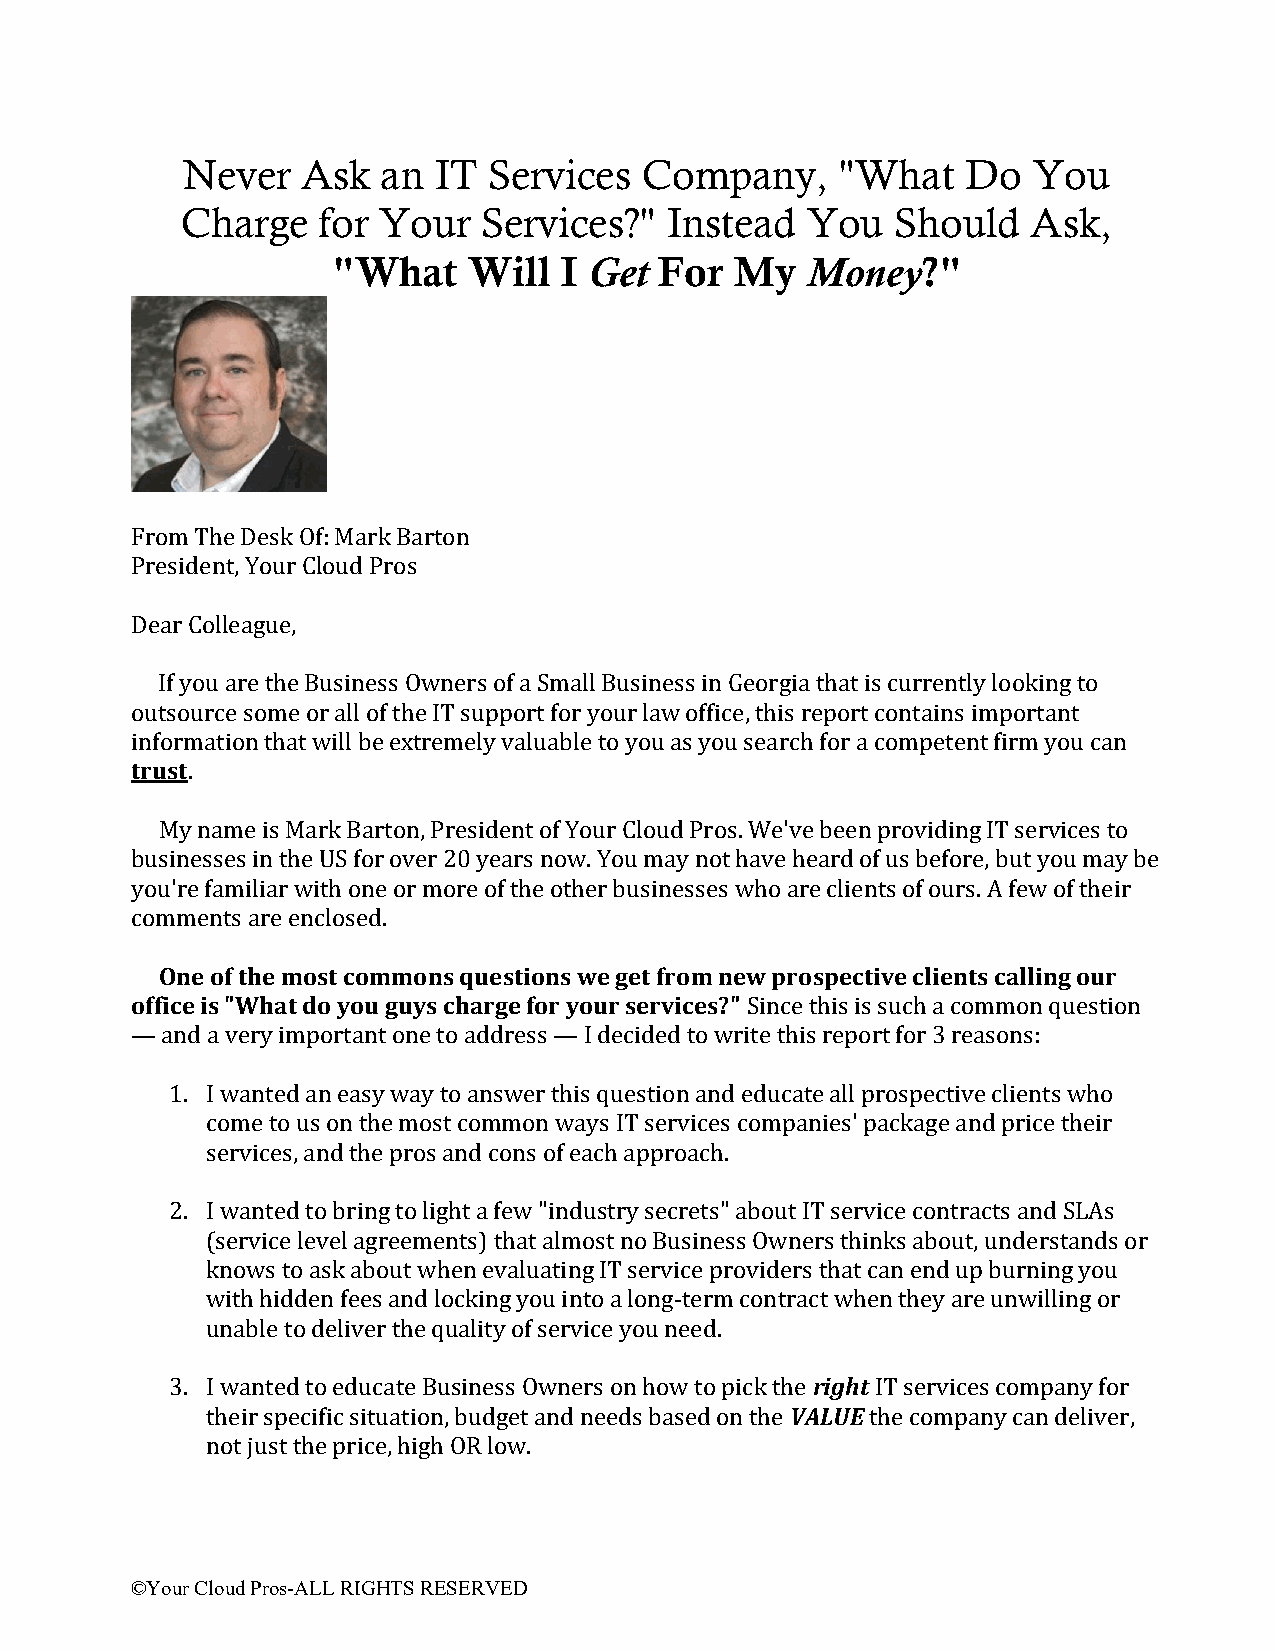
Never   Ask  an  IT Services   Company,     "What   Do  You
 Charge   for Your   Services?"  Instead  You   Should   Ask,
 "What    Will  I Get  For  My  Money?"
 From The Desk Of: Mark Barton
 President, Your Cloud Pros
 Dear Colleague,
 If you are the Business Owners of a Small Business in Georgia that is currently looking to
 outsource some or all of the IT support for your law office, this report contains important
 information that will be extremely valuable to you as you search for a competent firm you can
 trust.
 My name is Mark Barton, President of Your Cloud Pros. We've been providing IT services to
 businesses in the US for over 20 years now. You may not have heard of us before, but you may be
 you're familiar with one or more of the other businesses who are clients of ours. A few of their
 comments are enclosed.
 One of the most commons questions we get from new prospective clients calling our
 office is "What do you guys charge for your services?" Since this is such a common question
 — and a very important one to address — I decided to write this report for 3 reasons:
 1. I wanted an easy way to answer this question and educate all prospective clients who
 come to us on the most common ways IT services companies' package and price their
 services, and the pros and cons of each approach.
 2. I wanted to bring to light a few "industry secrets" about IT service contracts and SLAs
 (service level agreements) that almost no Business Owners thinks about, understands or
 knows to ask about when evaluating IT service providers that can end up burning you
 with hidden fees and locking you into a long-term contract when they are unwilling or
 unable to deliver the quality of service you need.
 3. I wanted to educate Business Owners on how to pick the right IT services company for
 their specific situation, budget and needs based on the VALUE the company can deliver,
 not just the price, high OR low.
 ©Your Cloud Pros-ALL RIGHTS RESERVED